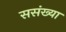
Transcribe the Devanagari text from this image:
ससंख्या